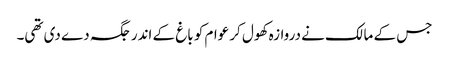
جس کے مالک نے دروازہ کھول کر عوام کو باغ کے اندر جگہ دے دی تھی۔